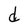
Character: d